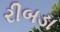
રીબડા